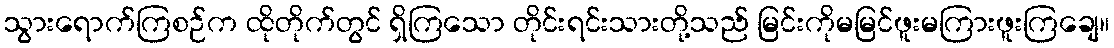
သွားရောက်ကြစဉ်က ထိုတိုက်တွင် ရှိကြသော တိုင်းရင်းသားတို့သည် မြင်းကိုမမြင်ဖူးမကြားဖူးကြချေ။